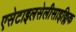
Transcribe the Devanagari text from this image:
एसेटाइलसेलीसाइक्लिक